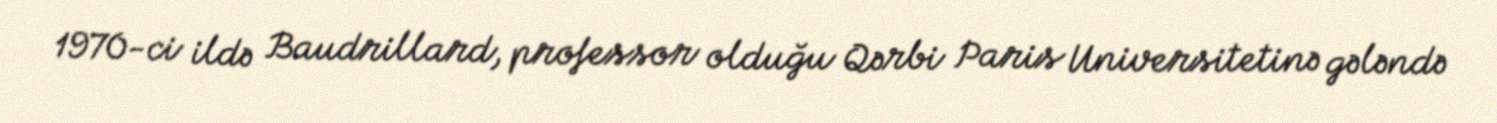
1970-ci ildə Baudrillard, professor olduğu Qərbi Paris Universitetinə gələndə